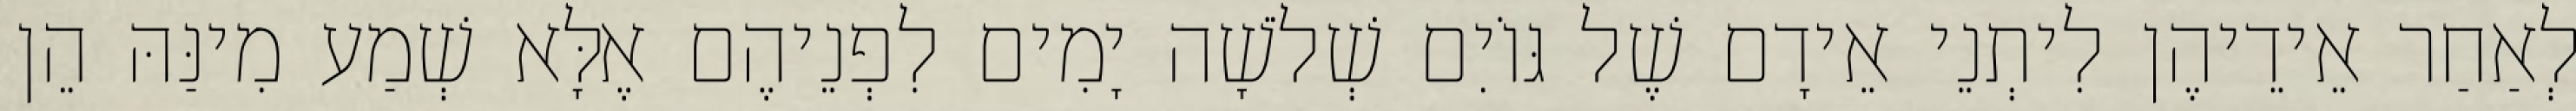
לְאַחַר אֵידֵיהֶן לִיתְנֵי אֵידָם שֶׁל גּוֹיִם שְׁלֹשָׁה יָמִים לִפְנֵיהֶם אֶלָּא שְׁמַע מִינַּהּ הֵן